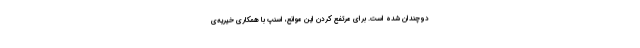
دوچندان شده است. برای مرتفع کردن این موانع، اسنپ با همکاری خیریه‌ی